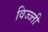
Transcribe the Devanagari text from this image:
विज्ज्ती